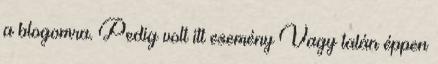
a blogomra. Pedig volt itt esemény Vagy talán éppen